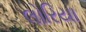
લોરિયા